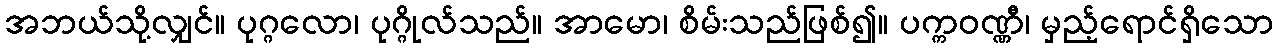
အဘယ်သို့လျှင်။ ပုဂ္ဂလော၊ ပုဂ္ဂိုလ်သည်။ အာမော၊ စိမ်းသည်ဖြစ်၍။ ပက္ကဝဏ္ဏီ၊ မှည့်ရောင်ရှိသော